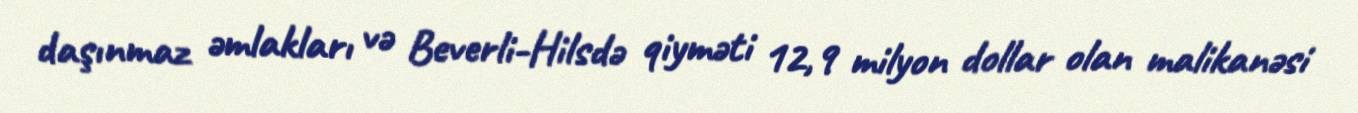
daşınmaz əmlakları və Beverli-Hilsdə qiyməti 12,9 milyon dollar olan malikanəsi